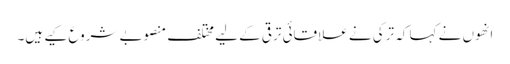
انھوں نے کہا کہ ترکی نے علاقائی ترقی کے لیے مختلف منصوبے شروع کیے ہیں۔